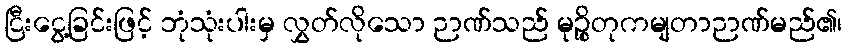
ငြီးငွေ့ခြင်းဖြင့် ဘုံသုံးပါးမှ လွှတ်လိုသော ဉာဏ်သည် မုဉ္စိတုကမျတာဉာဏ်မည်၏၊